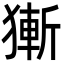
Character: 獑